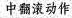
中翻滚动作